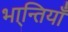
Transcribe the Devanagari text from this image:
भा्न्तियाँ